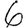
Digit: 6